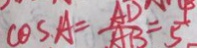
\cos . A = \frac { A D } { A B } = \frac { 4 } { 5 }